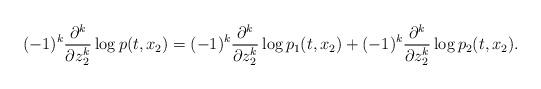
LaTeX: \begin{align*} (-1)^k \frac{\partial^k}{\partial z^k_2}\log p (t, x_2)=(-1)^k \frac{\partial^k}{\partial z^k_2}\log p_1 (t, x_2)+(-1)^k \frac{\partial^k}{\partial z^k_2}\log p_2 (t, x_2). \end{align*}